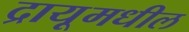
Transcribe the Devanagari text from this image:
द्रायूमधील